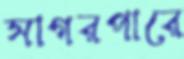
সাগরপারে